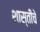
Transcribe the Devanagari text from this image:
शास्तीचे